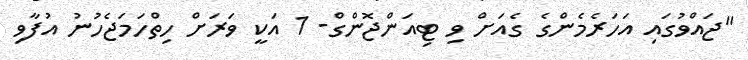
"ޖައްވުގައި އަހަރެމެންގެ ގެއަށް ވި ޓިއަންޖޮންގް- 1 އަކީ ވަރަށް ހިތްހަމަޖެހުނު އުފާވި